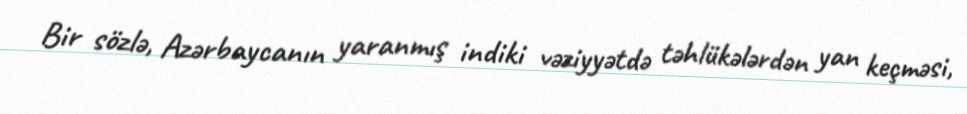
Bir sözlə, Azərbaycanın yaranmış indiki vəziyyətdə təhlükələrdən yan keçməsi,